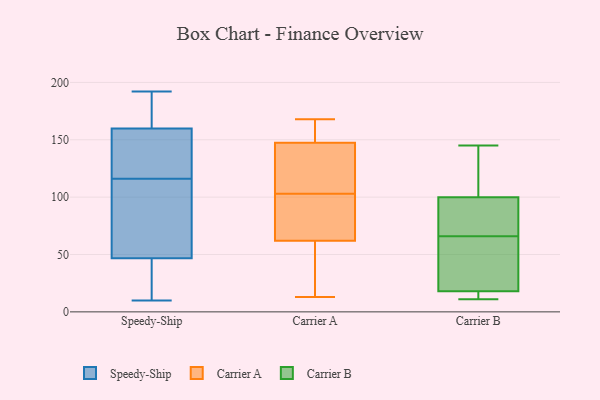
{"axis": {"x": "Energy Usage (MWh)", "y": "Value"}, "legend": ["Carrier A", "Carrier B", "Speedy-Ship"], "data": [{"x": "", "y": 174, "type": "Speedy-Ship"}, {"x": "", "y": 116, "type": "Speedy-Ship"}, {"x": "", "y": 128, "type": "Speedy-Ship"}, {"x": "", "y": 192, "type": "Speedy-Ship"}, {"x": "", "y": 81, "type": "Speedy-Ship"}, {"x": "", "y": 150, "type": "Speedy-Ship"}, {"x": "", "y": 143, "type": "Speedy-Ship"}, {"x": "", "y": 46, "type": "Speedy-Ship"}, {"x": "", "y": 39, "type": "Speedy-Ship"}, {"x": "", "y": 53, "type": "Speedy-Ship"}, {"x": "", "y": 49, "type": "Speedy-Ship"}, {"x": "", "y": 46, "type": "Speedy-Ship"}, {"x": "", "y": 172, "type": "Speedy-Ship"}, {"x": "", "y": 10, "type": "Speedy-Ship"}, {"x": "", "y": 163, "type": "Speedy-Ship"}, {"x": "", "y": 25, "type": "Carrier A"}, {"x": "", "y": 162, "type": "Carrier A"}, {"x": "", "y": 161, "type": "Carrier A"}, {"x": "", "y": 143, "type": "Carrier A"}, {"x": "", "y": 41, "type": "Carrier A"}, {"x": "", "y": 91, "type": "Carrier A"}, {"x": "", "y": 103, "type": "Carrier A"}, {"x": "", "y": 102, "type": "Carrier A"}, {"x": "", "y": 13, "type": "Carrier A"}, {"x": "", "y": 136, "type": "Carrier A"}, {"x": "", "y": 136, "type": "Carrier A"}, {"x": "", "y": 69, "type": "Carrier A"}, {"x": "", "y": 168, "type": "Carrier A"}, {"x": "", "y": 13, "type": "Carrier B"}, {"x": "", "y": 11, "type": "Carrier B"}, {"x": "", "y": 145, "type": "Carrier B"}, {"x": "", "y": 79, "type": "Carrier B"}, {"x": "", "y": 100, "type": "Carrier B"}, {"x": "", "y": 18, "type": "Carrier B"}, {"x": "", "y": 102, "type": "Carrier B"}, {"x": "", "y": 89, "type": "Carrier B"}, {"x": "", "y": 53, "type": "Carrier B"}, {"x": "", "y": 24, "type": "Carrier B"}]}